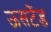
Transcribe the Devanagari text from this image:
ऊसटेंड